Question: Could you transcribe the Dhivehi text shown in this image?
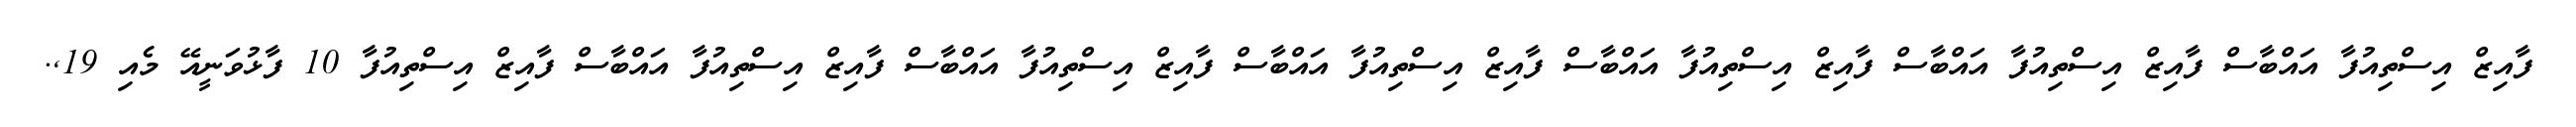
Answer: ފާއިޒް އިސްތިއުފާ އައްބާސް ފާއިޒް އިސްތިއުފާ އައްބާސް ފާއިޒް އިސްތިއުފާ އައްބާސް ފާއިޒް އިސްތިއުފާ އައްބާސް ފާއިޒް އިސްތިއުފާ އައްބާސް ފާއިޒް އިސްތިއުފާ އައްބާސް ފާއިޒް އިސްތިއުފާ 10 ފާޅުވަނީއޭ މެއި 19,.